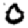
Digit: 0